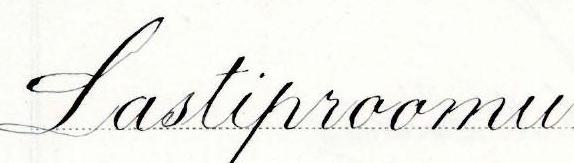
Lastiproomu